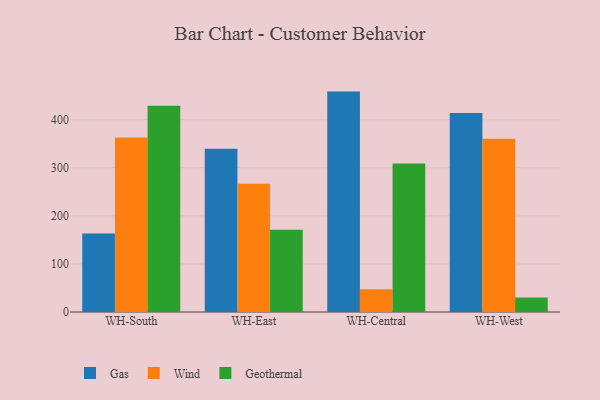
{"axis": {"x": "Warehouse", "y": "Bounce Rate (%)"}, "legend": ["Gas", "Geothermal", "Wind"], "data": [{"x": "WH-South", "y": 163.4, "type": "Gas"}, {"x": "WH-South", "y": 362.9, "type": "Wind"}, {"x": "WH-South", "y": 429.1, "type": "Geothermal"}, {"x": "WH-East", "y": 339.4, "type": "Gas"}, {"x": "WH-East", "y": 266.7, "type": "Wind"}, {"x": "WH-East", "y": 171.3, "type": "Geothermal"}, {"x": "WH-Central", "y": 458.4, "type": "Gas"}, {"x": "WH-Central", "y": 47.3, "type": "Wind"}, {"x": "WH-Central", "y": 309.0, "type": "Geothermal"}, {"x": "WH-West", "y": 414.0, "type": "Gas"}, {"x": "WH-West", "y": 360.3, "type": "Wind"}, {"x": "WH-West", "y": 30.3, "type": "Geothermal"}]}